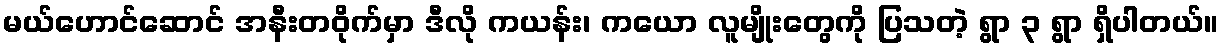
မယ်ဟောင်ဆောင် အနီးတဝိုက်မှာ ဒီလို ကယန်း၊ ကယော လူမျိုးတွေကို ပြသတဲ့ ရွာ ၃ ရွာ ရှိပါတယ်။